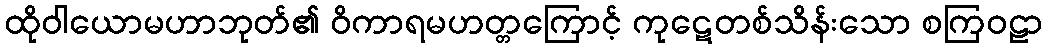
ထိုဝါယောမဟာဘုတ်၏ ဝိကာရမဟတ္တကြောင့် ကုဋေတစ်သိန်းသော စကြဝဠာ